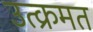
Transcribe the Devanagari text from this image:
उत्क्रमत